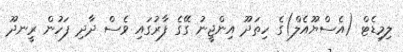
ލިމިޑެޓް (އެސްޔޫއެލް)ގެ ހިތަދޫ އިންޖީނު ގޭގެ ފާރުގައި ވެސް ދާދި ފަހުން ރީނދޫ